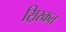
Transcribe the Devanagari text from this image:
स़िरकत